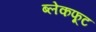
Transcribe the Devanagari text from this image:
ब्लेकफूट